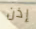
إذن